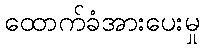
ထောက်ခံအားပေးမှု